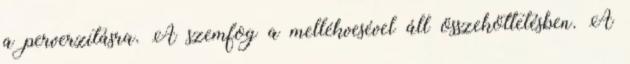
a perverzitásra. A szemfog a mellékvesével áll összeköttetésben. A